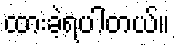
ထားခဲ့ရပါတယ်။